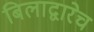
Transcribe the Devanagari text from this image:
बिलाद्वारेच